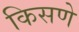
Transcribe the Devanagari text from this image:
किसणे